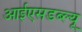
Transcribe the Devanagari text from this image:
आईएसडब्ल्यू